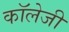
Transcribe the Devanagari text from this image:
कॉलेजी